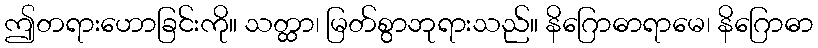
ဤတရားဟောခြင်းကို။ သတ္ထာ၊ မြတ်စွာဘုရားသည်။ နိဂြောဓာရာမေ၊ နိဂြောဓာ